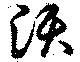
沃